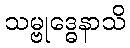
သမ္ဗုဒ္ဓေနာသိ